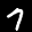
Label: 7